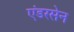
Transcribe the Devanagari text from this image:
एंडरसेन